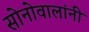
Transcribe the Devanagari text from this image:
सोनोवालांनी